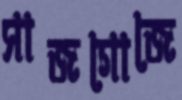
সাজগোজে